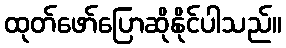
ထုတ်ဖော်ပြောဆိုနိုင်ပါသည်။